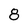
Character: 8